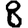
Digit: 8